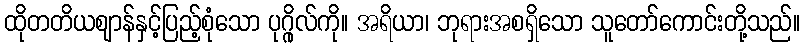
ထိုတတိယဈာန်နှင့်ပြည့်စုံသော ပုဂ္ဂိုလ်ကို။ အရိယာ၊ ဘုရားအစရှိသော သူတော်ကောင်းတို့သည်။